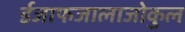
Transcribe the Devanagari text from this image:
ईजाफजालाजोकुल